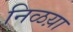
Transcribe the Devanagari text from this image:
निळय़ा